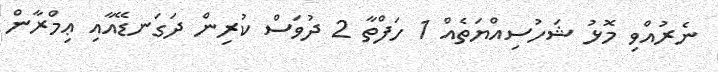
ނެރުއްވި މޮޅު ޝަހުސިއްޔަތެއް 1 ހަފްތާ 2 ދުވަސް ކުރިން ދަގަނޑޭއާއި ޢިމްރާން